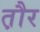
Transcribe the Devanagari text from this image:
त़ौर